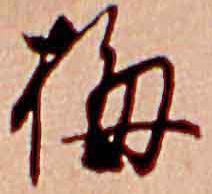
梅